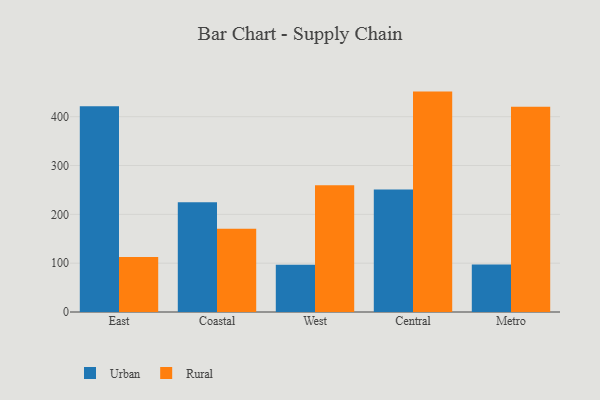
{"axis": {"x": "Region", "y": "Conversion Rate (%)"}, "legend": ["Rural", "Urban"], "data": [{"x": "East", "y": 421.3, "type": "Urban"}, {"x": "East", "y": 112.6, "type": "Rural"}, {"x": "Coastal", "y": 224.7, "type": "Urban"}, {"x": "Coastal", "y": 170.7, "type": "Rural"}, {"x": "West", "y": 97.0, "type": "Urban"}, {"x": "West", "y": 259.5, "type": "Rural"}, {"x": "Central", "y": 251.0, "type": "Urban"}, {"x": "Central", "y": 451.4, "type": "Rural"}, {"x": "Metro", "y": 97.3, "type": "Urban"}, {"x": "Metro", "y": 420.6, "type": "Rural"}]}